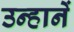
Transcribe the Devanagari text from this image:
उन्हानें